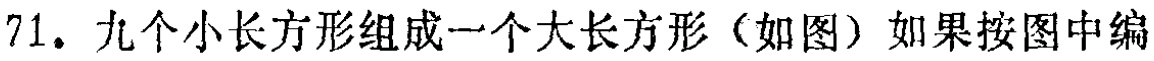
71. 九个小长方形组成一个大长方形（如图）如果按图中编